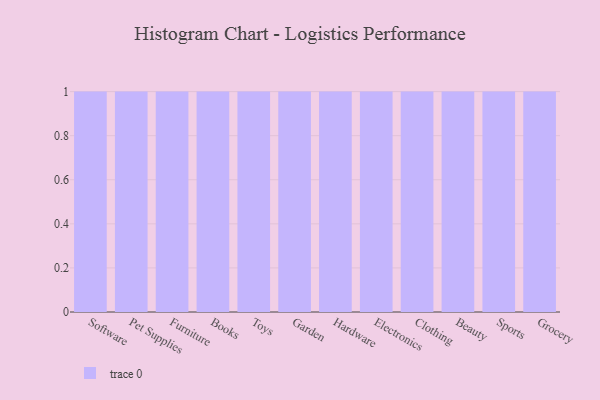
{"axis": {"x": "Category", "y": "Latency (ms)"}, "legend": [""], "data": [{"x": "Software", "y": 59, "type": ""}, {"x": "Pet Supplies", "y": 92, "type": ""}, {"x": "Furniture", "y": 99, "type": ""}, {"x": "Books", "y": 71, "type": ""}, {"x": "Toys", "y": 93, "type": ""}, {"x": "Garden", "y": 59, "type": ""}, {"x": "Hardware", "y": 77, "type": ""}, {"x": "Electronics", "y": 27, "type": ""}, {"x": "Clothing", "y": 37, "type": ""}, {"x": "Beauty", "y": 48, "type": ""}, {"x": "Sports", "y": 89, "type": ""}, {"x": "Grocery", "y": 76, "type": ""}]}